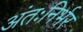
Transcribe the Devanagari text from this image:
अंतःनिर्भर